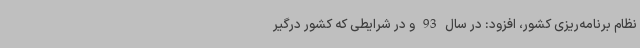
نظام برنامه‌ریزی کشور، افزود: در سال 93 و در شرایطی که کشور درگیر